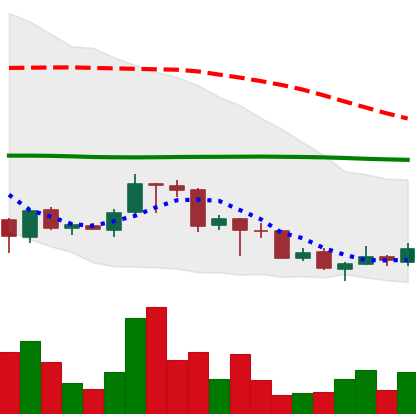
Ticker: TRX-USD
Chart end date: 2018-07-02
Forward return: -3.023%
Label: down_3_5